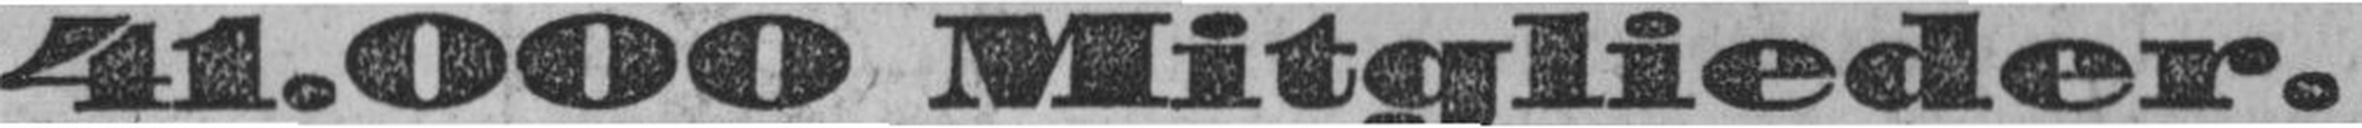
41.000 Mitglieder.